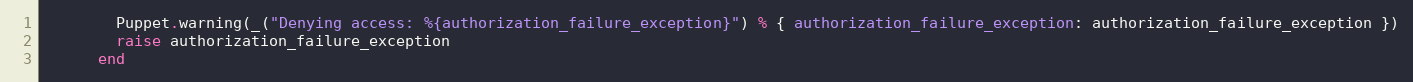
Language: Ruby
        Puppet.warning(_("Denying access: %{authorization_failure_exception}") % { authorization_failure_exception: authorization_failure_exception })
        raise authorization_failure_exception
      end